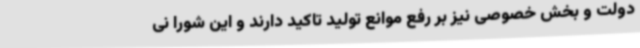
دولت و بخش خصوصی نیز بر رفع موانع تولید تاکید دارند و این شورا نی